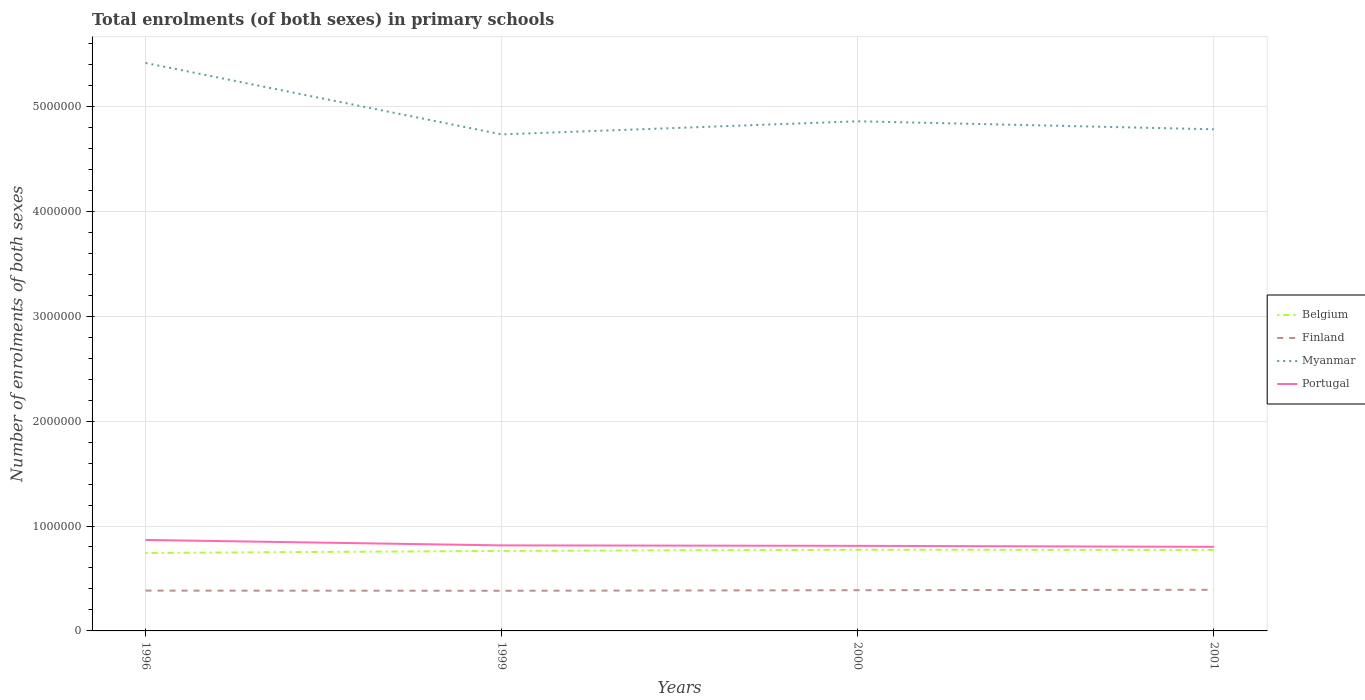
| Years | Belgium | Finland | Myanmar | Portugal |
 | --- | --- | --- | --- | --- |
 | 1996 | 7.43e+05 | 3.84e+05 | 5.41e+06 | 8.67e+05 |
 | 1999 | 7.63e+05 | 3.83e+05 | 4.73e+06 | 8.15e+05 |
 | 2000 | 7.74e+05 | 3.88e+05 | 4.86e+06 | 8.11e+05 |
 | 2001 | 7.72e+05 | 3.92e+05 | 4.78e+06 | 8.02e+05 |